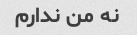
نه من ندارم